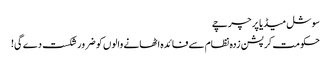
سوشل میڈیا پر چرچے
حکومت کرپشن زدہ نظام سے فائدہ اٹھانے والوں کو ضرور شکست دے گی!